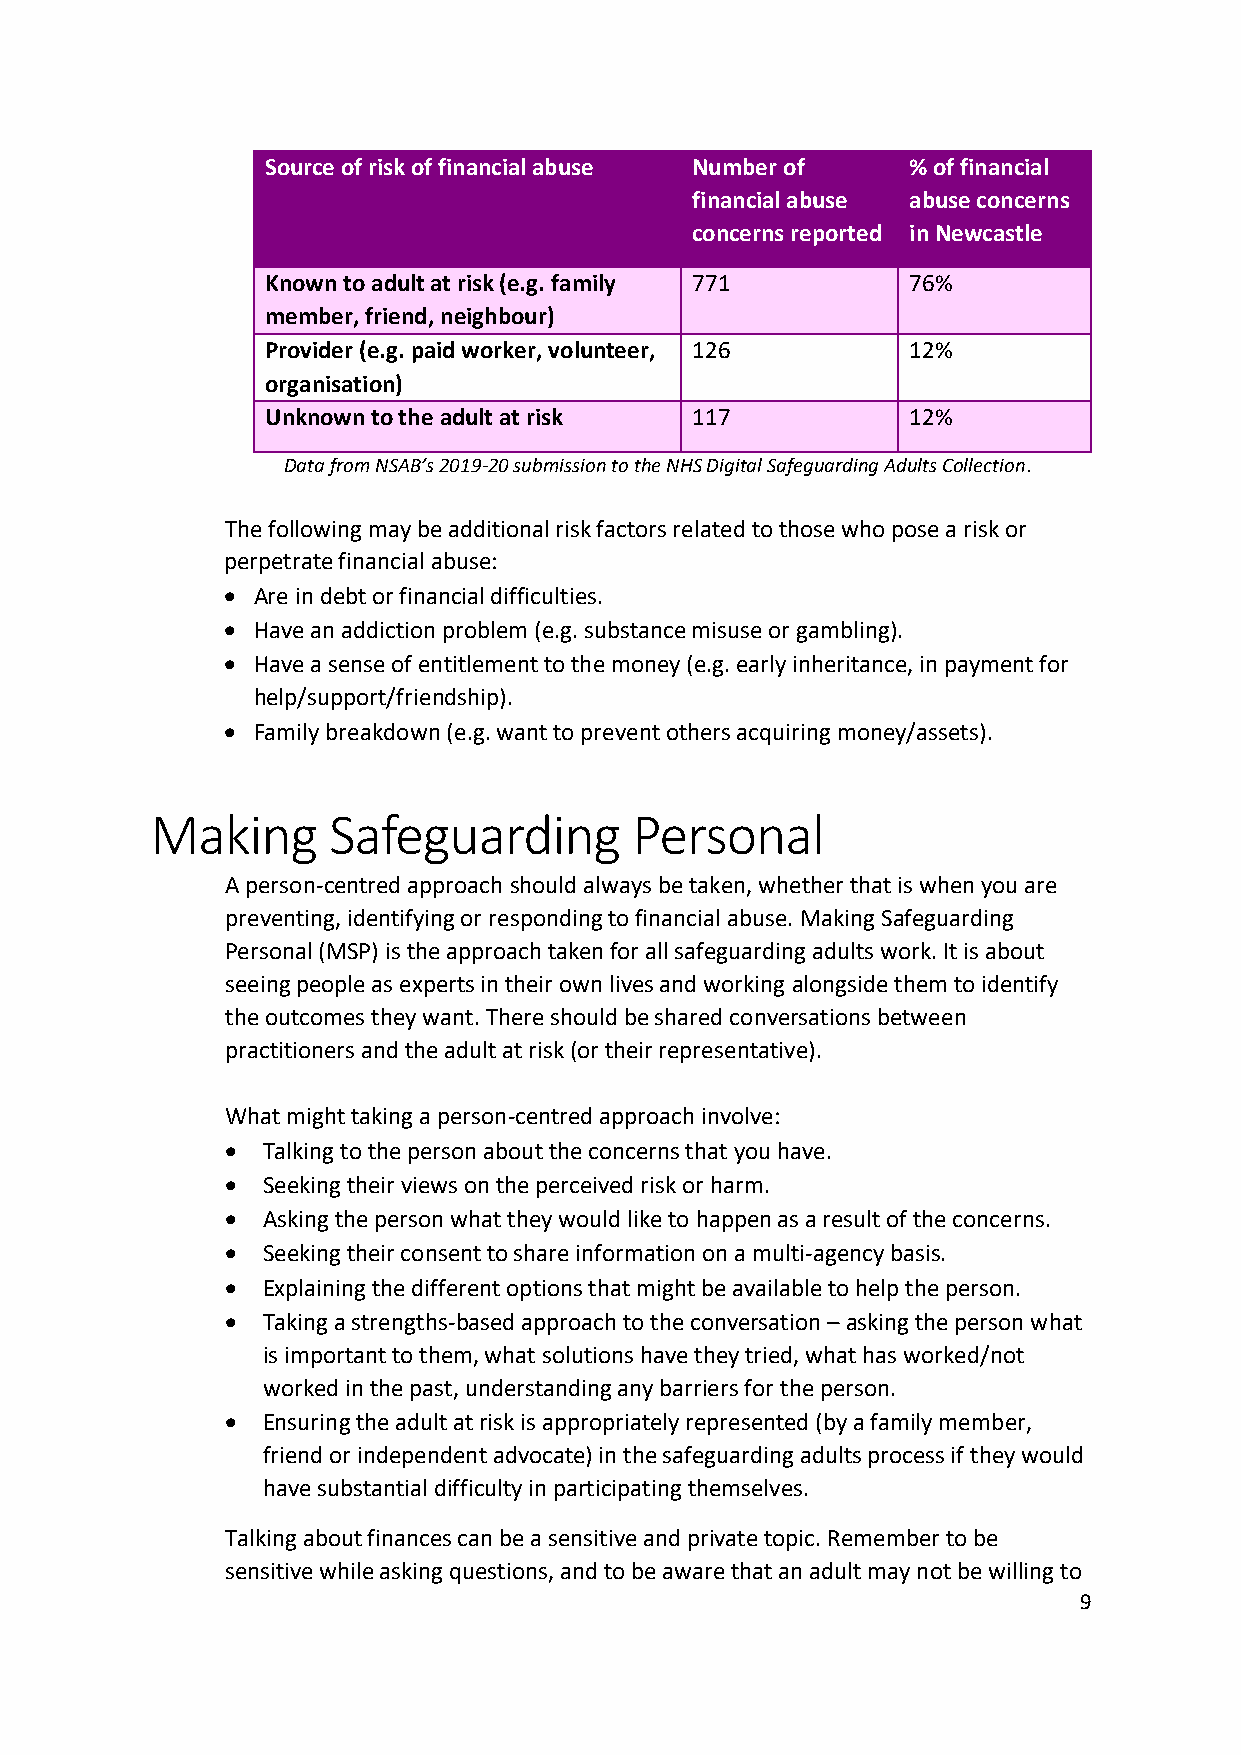
Source of risk of financial abuse Number of % of financial
 financial abuse abuse concerns
 concerns reported in Newcastle
 Known to adult at risk (e.g. family 771   76%
 member, friend, neighbour)
 Provider (e.g. paid worker, volunteer, 126 12%
 organisation)
 Unknown to the adult at risk 117          12%
 Data from NSAB’s 2019-20 submission to the NHS Digital Safeguarding Adults Collection.
 The following may be additional risk factors related to those who pose a risk or
 perpetrate financial abuse:
 • Are in debt or financial difficulties.
 • Have an addiction problem (e.g. substance misuse or gambling).
 • Have a sense of entitlement to the money (e.g. early inheritance, in payment for
 help/support/friendship).
 • Family breakdown (e.g. want to prevent others acquiring money/assets).
 Making      Safeguarding        Personal
 A person-centred approach should always be taken, whether that is when you are
 preventing, identifying or responding to financial abuse. Making Safeguarding
 Personal (MSP) is the approach taken for all safeguarding adults work. It is about
 seeing people as experts in their own lives and working alongside them to identify
 the outcomes they want. There should be shared conversations between
 practitioners and the adult at risk (or their representative).
 What might taking a person-centred approach involve:
 • Talking to the person about the concerns that you have.
 • Seeking their views on the perceived risk or harm.
 • Asking the person what they would like to happen as a result of the concerns.
 • Seeking their consent to share information on a multi-agency basis.
 • Explaining the different options that might be available to help the person.
 • Taking a strengths-based approach to the conversation – asking the person what
 is important to them, what solutions have they tried, what has worked/not
 worked in the past, understanding any barriers for the person.
 • Ensuring the adult at risk is appropriately represented (by a family member,
 friend or independent advocate) in the safeguarding adults process if they would
 have substantial difficulty in participating themselves.
 Talking about finances can be a sensitive and private topic. Remember to be
 sensitive while asking questions, and to be aware that an adult may not be willing to
 9